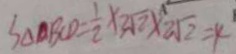
S _ { \Delta B C D } = \frac { 1 } { 2 } \times 3 \sqrt { 2 } \times 2 \sqrt { 2 } = 4